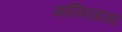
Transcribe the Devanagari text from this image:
मासियास